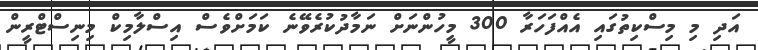
އަދި މި މިސްކިތުގައި އެއްފަހަރާ 300 މީހުންނަށް ނަމާދުކުރެވޭނެ ކަމަށްވެސް އިސްލާމިކް މިނިސްޓްރީން